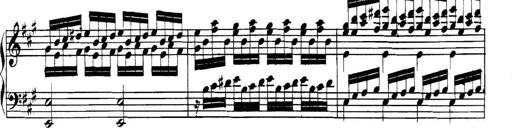
Title: Collected Piano Sonatas
Composer: Muzio Clementi